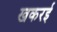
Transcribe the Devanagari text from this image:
खकरई